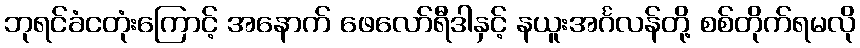
ဘုရင်ခံငတုံးကြောင့် အနောက် ဖေလော်ရီဒါနှင့် နယူးအင်္ဂလန်တို့ စစ်တိုက်ရမလို